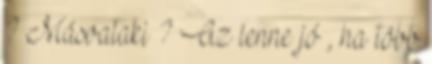
? Másvalaki ? Az lenne jó , ha több